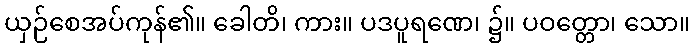
ယှဉ်စေအပ်ကုန်၏။ ခေါတိ၊ ကား။ ပဒပူရဏေ၊ ၌။ ပဝတ္တော၊ သော။